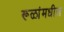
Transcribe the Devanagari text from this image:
रूळांमधील